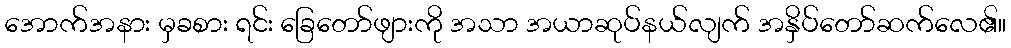
အောက်အနား မှခစား ရင်း ခြေတော်ဖျားကို အသာ အယာဆုပ်နယ်လျက် အနှိပ်တော်ဆက်လေ၏။